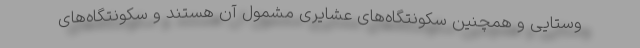
وستایی و همچنین سکونتگاه‌های عشایری مشمول آن هستند و سکونتگاه‌های